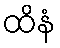
ထိနံ